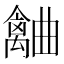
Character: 𣍗